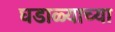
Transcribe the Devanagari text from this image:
घडाळ्याच्या